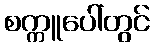
စက္ကူပေါ်တွင်